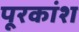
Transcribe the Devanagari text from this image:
पूरकांश